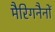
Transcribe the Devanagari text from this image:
मैरिगनैनों